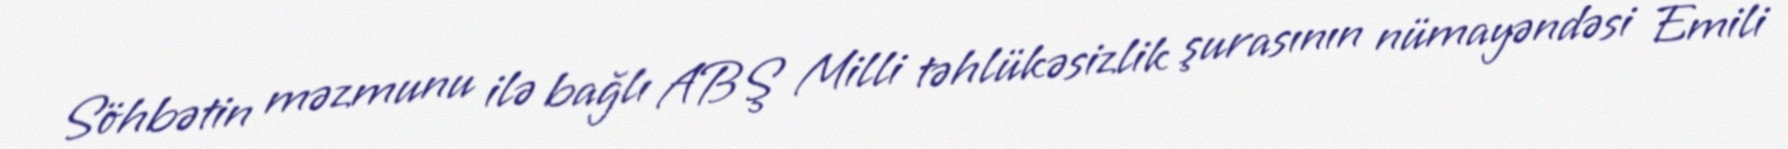
Söhbətin məzmunu ilə bağlı ABŞ Milli təhlükəsizlik şurasının nümayəndəsi Emili